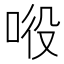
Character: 𱒵